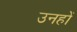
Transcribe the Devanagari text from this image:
उनहों